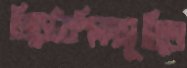
প্রিডেটরশিক্ষাসূচিতে